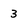
Character: 3